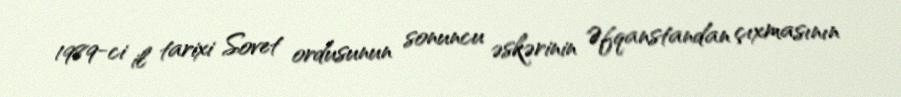
1989-ci il tarixi Sovet ordusunun sonuncu əskərinin Əfqanstandan çıxmasının